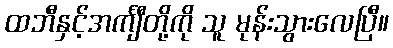
ထဘီနှင့်အင်္ကျီတို့ကို သူ မုန်းသွားလေပြီ။